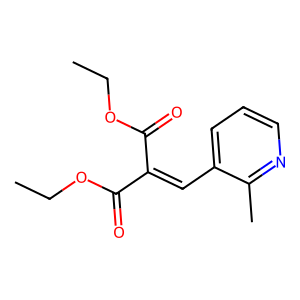
SMILES: CCOC(=O)C(=Cc1cccnc1C)C(=O)OCC
Inhibits HIV replication: No